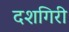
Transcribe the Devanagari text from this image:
दशगिरी